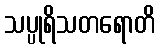
သပ္ပုရိသတရောတိ